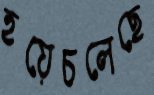
হয়েচলেছে